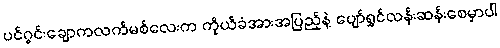
ပင်ဂွင်းချောကလက်မစ်လေးက ကိုယ်ခံအားအပြည့်နဲ့ ပျော်ရွှင်လန်းဆန်းစေမှာပါ